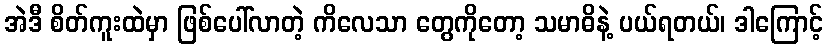
အဲဒီ စိတ်ကူးထဲမှာ ဖြစ်ပေါ်လာတဲ့ ကိလေသာ တွေကိုတော့ သမာဓိနဲ့ ပယ်ရတယ်၊ ဒါကြောင့်